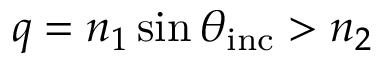
q = n _ { 1 } \sin \theta _ { \mathrm { i n c } } > n _ { 2 }